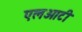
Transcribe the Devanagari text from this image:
एलओटी